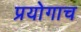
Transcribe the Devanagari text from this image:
प्रयोगाच